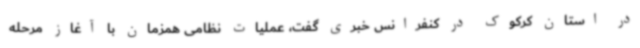
در استان کرکوک در کنفرانس خبری گفت، عملیات نظامی همزمان با آغاز مرحله